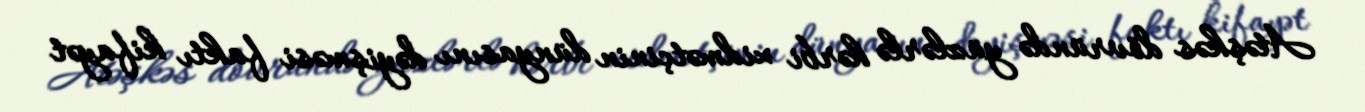
Atəşkəs dövründə yüzlərlə hərbi xidmətçinin dünyasını dəyişməsi faktı kifayət